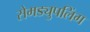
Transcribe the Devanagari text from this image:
सेमड्युपलिंग